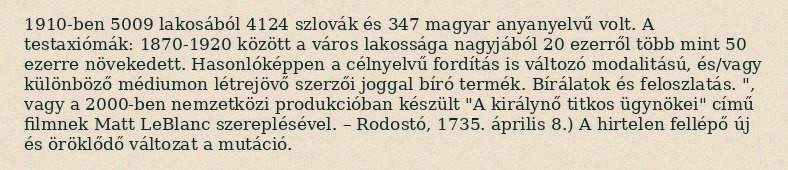
1910-ben 5009 lakosából 4124 szlovák és 347 magyar anyanyelvű volt. A testaxiómák: 1870-1920 között a város lakossága nagyjából 20 ezerről több mint 50 ezerre növekedett. Hasonlóképpen a célnyelvű fordítás is változó modalitású, és/vagy különböző médiumon létrejövő szerzői joggal bíró termék. Bírálatok és feloszlatás. ", vagy a 2000-ben nemzetközi produkcióban készült "A királynő titkos ügynökei" című filmnek Matt LeBlanc szereplésével. – Rodostó, 1735. április 8.) A hirtelen fellépő új és öröklődő változat a mutáció.